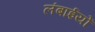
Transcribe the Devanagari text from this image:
लंबाईयों